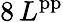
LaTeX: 8\, L^{\mathrm{pp}}